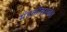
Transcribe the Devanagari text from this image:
मंडळींसमवेत